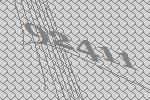
92411